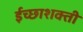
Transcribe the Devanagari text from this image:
ईच्छाशक्ती